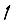
Digit: 1